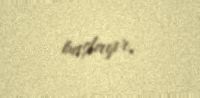
başlayır.